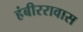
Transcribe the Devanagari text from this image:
हंबीररावास